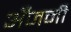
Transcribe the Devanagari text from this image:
अँजनी